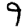
Digit: 9